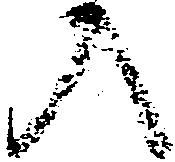
入